Annual report of lunatic asylums [Bombay] - 1912-1922
Year: 1912
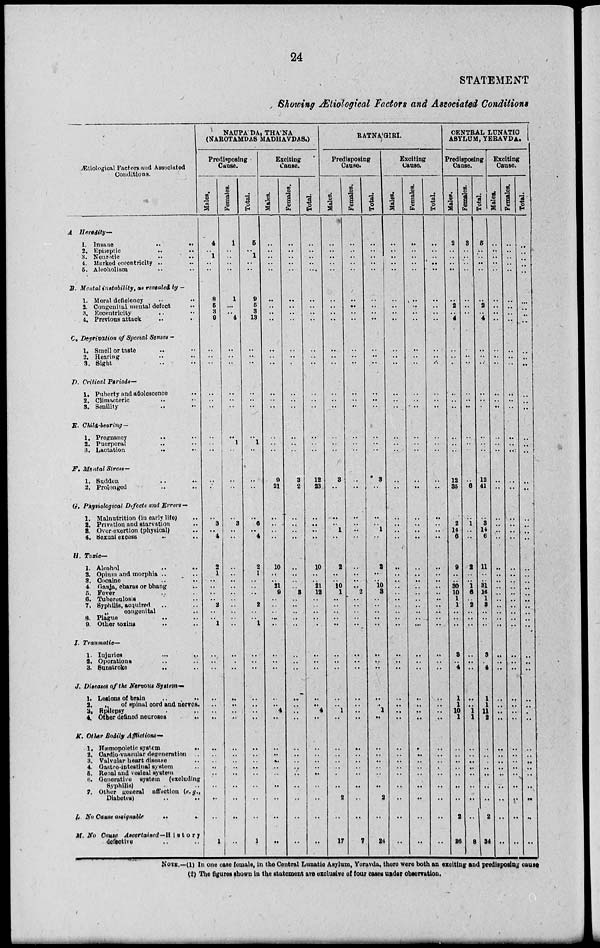
24
STATEMENT
Showing Ætiological Factors and Associated Conditions
Ætiological Factors and Associated
Conditions.
A Heredity—
1. Insane
..
..
2.
Epileptic .. ..
3.
Neurotic
..
..
4. Marked cocentricity .. ..
5. Alcoholism .. ..
B. Mental instability, as revealed by ––
1. Moral deficiency
..
..
2. Congenital mental defect
..
3. Eccentricity .. ..
4. Previous attack .. ..
C. Deprivation of Special Sense ––
1. Smell or taste .. ..
2. Hearing .. ..
3. Sight .. ..
D. Critical Periods —
1. Puberty and adolescence ..
2. Climacteric .. ..
3. Senility .. ..
E. Child-bearing —
1. Pregnancy
..
..
2. Puerperal .. ..
3. Lactation
..
..
F. Mental Stress —
1. Sudden .. ..
2. Prolonged .. ..
G. Physiological Defects and Errors—
1. Malnutrition (in early life) ..
2. Privation and starvation ..
3. Over-exertion (physical) ..
4. Sexual excess
..
H. Toxic —
1. Alcohol
..
..
2. Opium and morphia .. ..
3. Cocaine .. ..
4. Ganja, charas or bhang ..
5. Fever .. ..
6. Tuberculosis ..
7, Syphilis, acquired .. ..
„
congenital
..
8. Plague .. ..
9. Other toxins .. ..
I. Traumatic—
1. Injuries ... ...
2. Operations .. ..
3. Sunstroke .. ..
J. Diseases of the Nervous System —
1. Lesions of brain
..
..
2.
,.
of spinal cord and nerves.
3. Epilepsy ..
4. Other defined neuroses
. .
K. Other Bodily Afflictions—
1. Hæmopoietic system
..
2. Cardio-vascular degeneration ..
3. Valvalar heart disease ..
4. Gastro-intestinal system ..
5. Renal and vesical system
6. Generative system (excluding
Syphilis)
7. Other general affection (e,g.,
Diabetes) .. ..
L. No Cause assignable ..
..
M. No Cause Ascertained—H i s t o r y
defective .. ..
NAUPA'DA, THA' NA
(NAROTAMDAS MADHAVDAS.)
Predisposing
Cause.
Males.
4
..
1
..
..
8
5
3
9
..
..
..
..
. .
..
..
..
..
..
..
,.
3
..
4
2
1
..
..
..
..
2
..
..
1
..
..
..
..
..
..
..
..
..
..
..
..
..
..
..
1
Females.
1
..
..
..
..
1
...
..
4
..
. .
..
..
. .
..
..
1
..
..
..
..
3
..
..
..
..
..
..
..
..
..
..
..
..
..
..
..
..
..
..
..
..
..
..
..
. .
..
..
..
..
Total.
5
..
1
..
..
9
5
3
13
..
...
..
..
. .
..
..
1
..
..
..
..
6
..
4
2
1
..
..
. .
..
2
..
..
1
..
..
..
..
..
..
..
..
..
..
..
..
..
..
..
1
Exciting
Cause.
Males.
..
..
..
..
..
..
..
..
..
..
..
..
..
. .
..
..
..
..
9
21
. .
..
..
..
10
..
..
21
9
..
..
..
..
..
..
..
..
..
..
4
..
..
..
..
..
..
..
..
..
..
Females.
..
..
..
..
..
..
..
..
..
..
..
..
..
..
..
..
..
..
3
2
..
..
..
..
..
..
..
..
3
..
..
..
..
..
..
..
..
..
..
..
..
..
..
..
..
..
..
..
..
..
Total.
..
..
..
..
..
..
..
..
..
..
..
..
..
..
..
..
..
..
12
23
..
..
..
..
10
..
..
21
12
..
..
..
..
..
..
..
..
..
..
4
..
..
..
..
..
..
..
..
..
..
RATNA'GIRI.
Predisposing
Cause.
Males.
..
..
..
..
..
..
..
..
..
..
..
..
..
..
..
..
..
..
3
..
. .
..
1
..
2
..
..
10
1
..
..
..
..
..
..
..
..
..
..
1
..
..
..
..
..
..
..
2
..
17
Females.
..
..
..
..
..
..
..
..
..
..
..
. .
..
..
..
..
..
..
..
. .
..
..
..
..
..
..
..
..
2
..
..
..
..
..
..
..
..
..
..
..
..
. .
..
..
..
. .
..
..
..
7
Total.
..
..
..
..
..
..
..
..
..
..
..
..
..
..
..
..
..
..
3
. .
..
..
1
..
2
..
..
10
3
..
..
..
..
..
..
..
..
..
..
1
..
..
..
..
..
..
..
2
..
24
Exciting
Cause.
Males.
..
..
..
..
..
..
..
..
..
..
..
..
..
..
..
..
..
..
..
..
..
..
..
..
..
..
..
..
..
..
..
..
..
..
..
..
..
..
..
..
..
..
..
..
..
..
..
..
..
..
Females.
..
..
..
..
..
..
..
..
..
..
..
..
..
..
..
..
..
..
..
..
..
..
..
..
..
..
..
..
..
..
..
..
..
..
..
..
..
..
..
..
..
..
..
..
..
..
..
..
..
..
Total.
..
..
..
..
..
..
..
..
..
..
..
..
..
..
..
..
..
..
..
..
..
..
..
..
..
..
..
..
..
..
..
..
..
..
..
..
..
..
..
..
..
..
..
..
..
..
..
..
..
CENTRAL LUNATIC
ASYLUM, YERAVDA.
Predisposing
Cause.
Males.
2
..
..
..
..
..
2
..
4
. .
..
..
..
..
..
..
..
..
12
35
..
2
14
6
9
..
..
30
10
1
1
..
..
..
3
..
4
1
1
10
1
..
..
..
..
..
..
..
2
26
Females.
3
..
..
..
..
..
..
..
..
..
..
..
..
..
..
..
..
..
..
6
..
1
..
..
2
..
..
1
6
..
2
..
..
..
..
..
..
..
..
1
1
..
..
..
..
..
..
..
..
8
Total.
5
..
..
..
..
..
2
..
4
..
..
..
..
..
..
..
..
..
12
41
..
3
14
6
11
..
..
31
16
1
3
..
..
..
3
..
4
1
1
11
2
..
..
..
..
..
..
..
2
34
Exciting
Cause.
Males.
..
..
..
..
..
..
..
..
..
..
..
..
..
..
..
..
..
..
..
..
..
..
..
..
..
..
..
..
..
..
..
..
..
..
..
..
..
..
..
..
..
..
..
..
..
..
..
..
..
..
Females.
..
..
..
..
..
..
..
..
..
..
..
..
..
..
..
..
..
..
..
..
..
..
..
..
..
..
..
..
..
..
..
..
..
..
..
..
..
..
..
..
..
..
..
..
..
..
..
..
..
..
Total.
..
..
..
..
..
..
..
..
..
..
..
..
..
..
..
..
..
..
..
..
..
..
..
..
..
..
..
..
..
..
..
..
..
..
..
..
..
..
..
..
..
..
..
..
..
..
..
..
..
..
NOTE.––(1) In one case female, in the Central Lunatic Asylum, Yeravda, there were both an exciting and predisposing cause
(2) The figures shown in the statement are exclusive of four cases under observation.